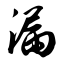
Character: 漏